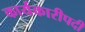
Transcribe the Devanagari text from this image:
कार्यकारीपदी